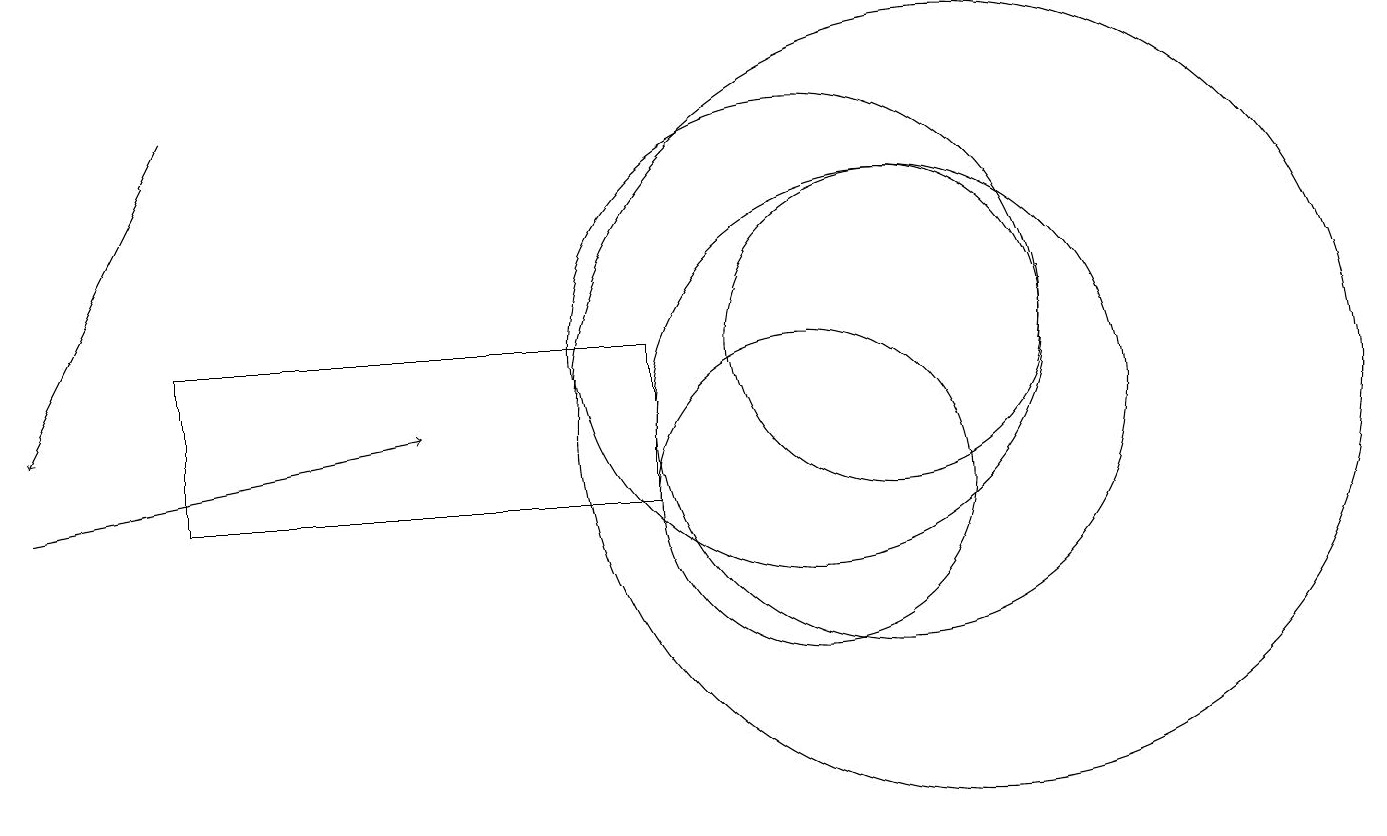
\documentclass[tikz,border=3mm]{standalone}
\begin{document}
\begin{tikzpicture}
\draw (2,12) rectangle (8,10);
\draw (12,11) circle (5);
\draw (10,10) circle (2);
\draw (10,12) circle (3);
\draw (11,11) circle (3);
\draw (11,12) circle (2);
\draw[->] (2,15) -- (0,11);
\draw[->] (0,10) -- (5,11);
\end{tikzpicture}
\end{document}